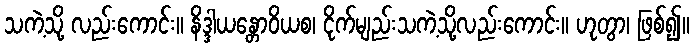
သကဲ့သို့ လည်းကောင်း။ နိဒ္ဒါယန္တောဝိယစ၊ ငိုက်မျည်းသကဲ့သို့လည်းကောင်း။ ဟုတွာ၊ ဖြစ်၍။